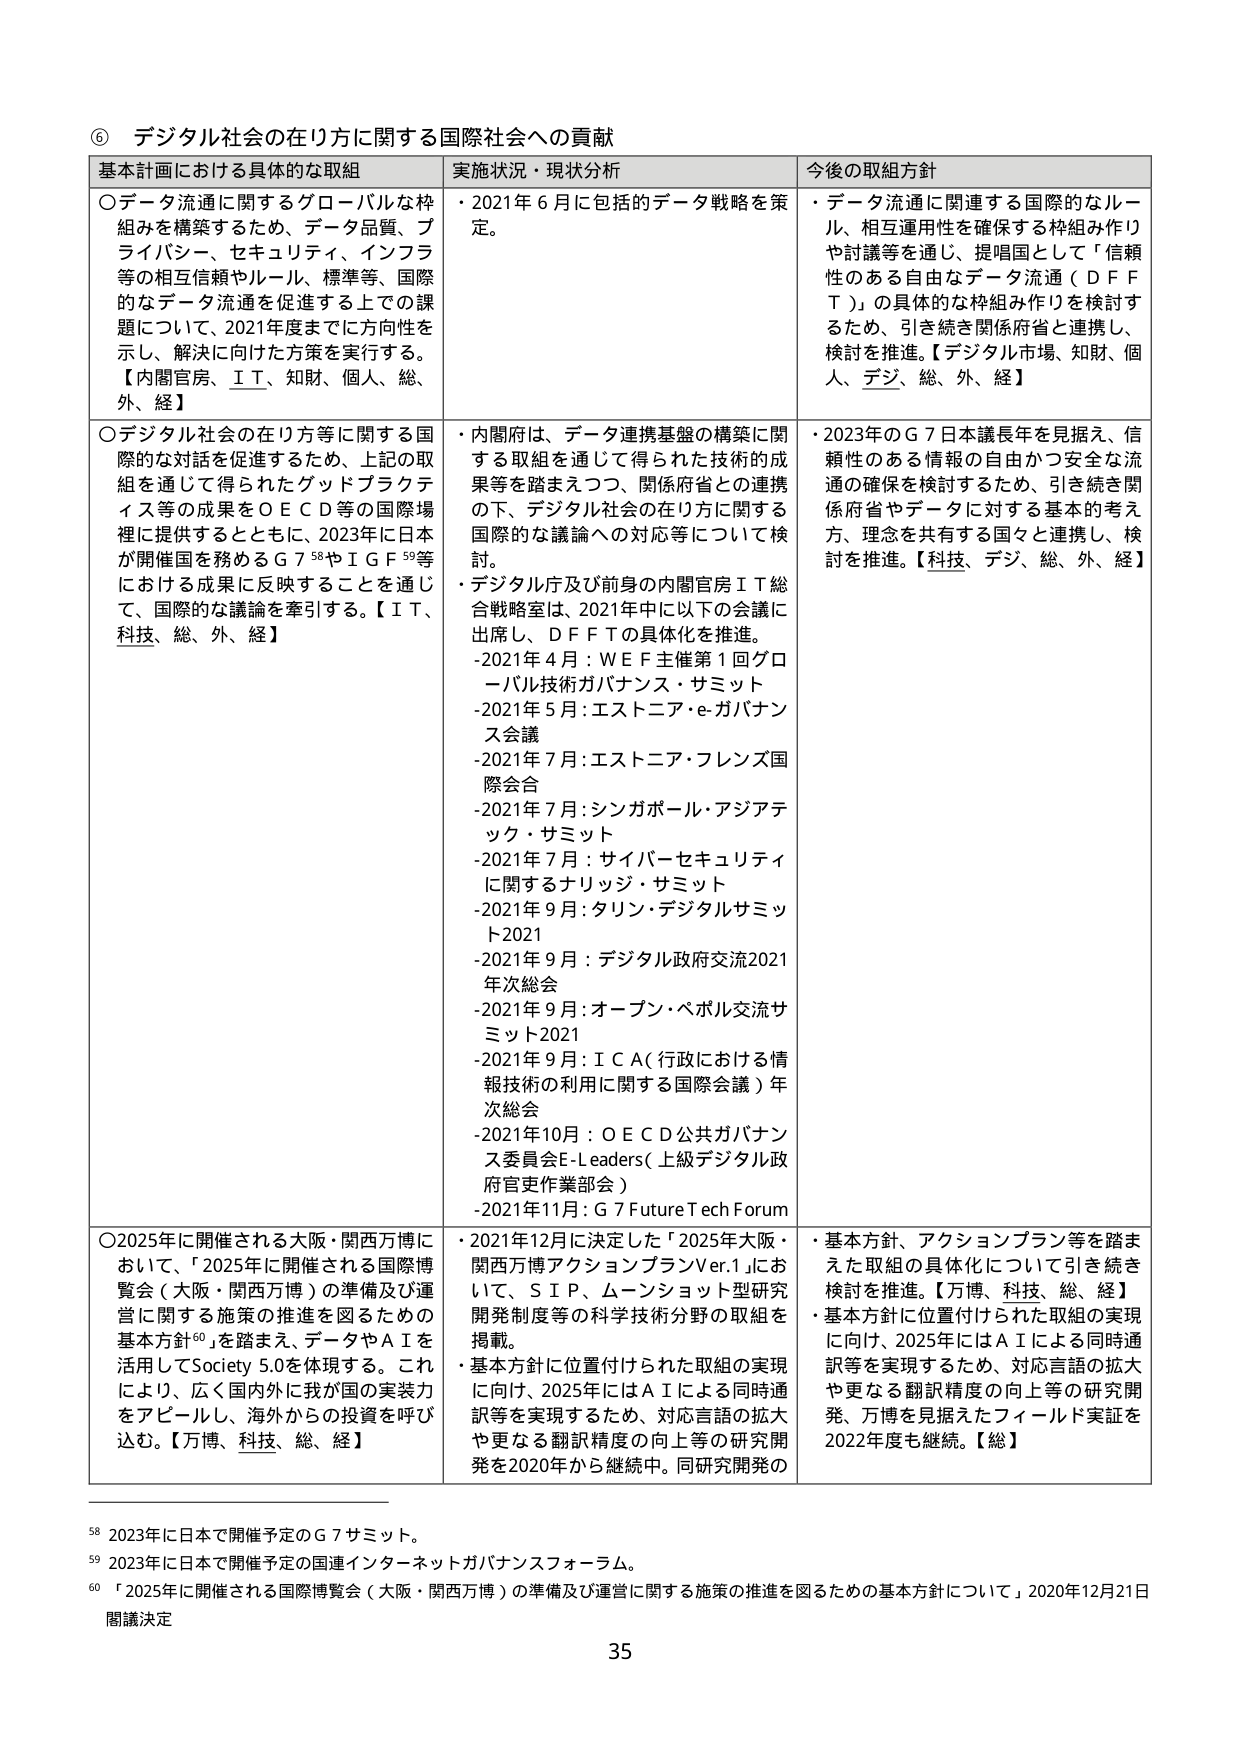
⑥ デジタル社会の在り方に関する国際社会への貢献

基本計画における具体的な取組 実施状況・現状分析 今後の取組方針

○データ流通に関するグローバルな枠組みを構築するため、データ品質、プライバシー、セキュリティ、インフラ等の相互信頼やルール、標準等、国際的なデータ流通を促進する上での課題について、2021年度までに方向性を示し、解決に向けた方策を実行する。【内閣官房、ＩＴ、知財、個人、総、外、経】

・2021年6月に包括的データ戦略を策定。

・データ流通に関連する国際的なルール、相互運用性を確保する枠組み作りや討議等を通じ、提唱国として「信頼性のある自由なデータ流通（ＤＦＴ）」の具体的な枠組み作りを検討するため、引き続き関係府省と連携し、検討を推進。【デジタル市場、知財、個人、デジ、総、外、経】

○デジタル社会の在り方等に関する国際的な対話を促進するため、上記の取組を通じて得られたグッドプラクティス等の成果をＯＥＣＤ等の国際場裡に提供するとともに、2023年に日本が開催国を務めるＧ７⁵⁸やＩＧＦ⁵⁹等における成果に反映することを通じて、国際的な議論を牽引する。【ＩＴ、科技、総、外、経】

・内閣府は、データ連携基盤の構築に関する取組を通じて得られた技術的成果等を踏まえつつ、関係府省との連携の下、デジタル社会の在り方に関する国際的な議論への対応等について検討。

・デジタル庁及び前身の内閣官房ＩＴ総合戦略室は、2021年中以下のような会議に出席し、ＤＦＴの具体化を推進。
-2021年4月：ＷＥＦ主催第1回グローバル技術ガバナンス・サミット
-2021年5月：エストニア・e-ガバナンス会議
-2021年7月：エストニア・フレンズ国際会合
-2021年7月：シンガポール・アジアテック・サミット
-2021年7月：サイバーセキュリティに関するナリッジ・サミット
-2021年9月：タリン・デジタルサミット2021
-2021年9月：デジタル政府交流2021年次総会
-2021年9月：オープン・ペパル交流サミット2021
-2021年9月：ＩＣＡ（行政における情報技術の利用に関する国際会議）年次総会
-2021年10月：ＯＥＣＤ公共ガバナンス委員会E-Leaders（上級デジタル政府官吏作業部会）
-2021年11月：Ｇ７FutureTechForum

・2023年のＧ７日本議長年を見据え、信頼性のある情報の自由かつ安全な流通の確保を検討するため、引き続き関係府省やデータに対する基本的考え方、理念を共有する国々と連携し、検討を推進。【科技、デジ、総、外、経】

○2025年に開催される大阪・関西万博において、「2025年に開催される国際博覧会（大阪・関西万博）の準備及び運営に関する施策の推進を図るための基本方針⁶⁰」を踏まえ、データやＡＩを活用してSociety 5.0を体現する。これにより、広く国内外に我が国の実装力をアピールし、海外からの投資を呼び込む。【万博、科技、総、経】

・2021年12月に決定した「2025年大阪・関西万博アクションプランVer.1」において、ＳＩＰ、ムーンショット型研究開発制度等の科学技術分野の取組を掲載。

・基本方針に位置付けられた取組の実現に向け、2025年にはＡＩによる同時通訳等を実現するため、対応言語の拡大や更なる翻訳精度の向上等の研究開発を2020年から継続中。同研究開発の

・基本方針、アクションプラン等を踏まえた取組の具体化について引き続き検討を推進。【万博、科技、総、経】

・基本方針に位置付けられた取組の実現に向け、2025年にはＡＩによる同時通訳等を実現するため、対応言語の拡大や更なる翻訳精度の向上等の研究開発、万博を見据えたフィールド実証を2022年度も継続。【総】

⁵⁸ 2023年に日本で開催予定のＧ７サミット。
⁵⁹ 2023年に日本で開催予定の国連インターネットガバナンスフォーラム。
⁶⁰ 「2025年に開催される国際博覧会（大阪・関西万博）の準備及び運営に関する施策の推進を図るための基本方針について」2020年12月21日 閣議決定

35